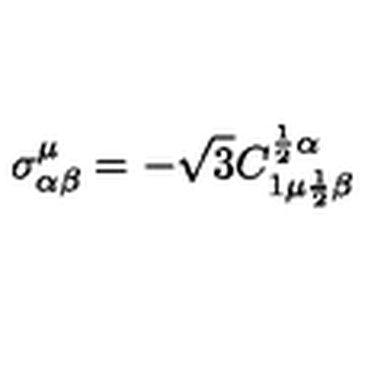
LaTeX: \sigma _ { \alpha \beta } ^ { \mu } = - \sqrt { 3 } C _ { 1 \mu { \frac { 1 } { 2 } } \beta } ^ { { \frac { 1 } { 2 } } \alpha }